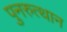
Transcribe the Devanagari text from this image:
पुनरुत्‍थान